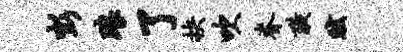
彭琅了抉吹脊璜眩